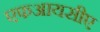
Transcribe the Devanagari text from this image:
एफआयसीए